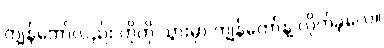
ကျွန်တော်လည်း ဟိုကို သွားမှာ ကျွန်တော်နဲ့ လိုက်ခဲ့လေ။